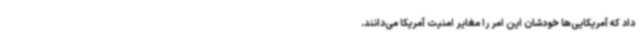
داد که آمریکایی‌ها خودشان این امر را مغایر امنیت آمریکا می‌دانند.